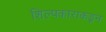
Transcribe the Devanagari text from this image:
शिल्पकाराकडून